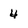
Character: 4